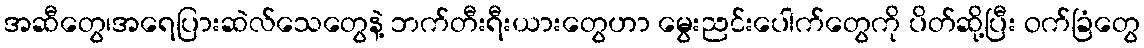
အဆီတွေ၊အရေပြားဆဲလ်သေတွေနဲ့ ဘက်တီးရီးယားတွေဟာ မွေးညင်းပေါက်တွေကို ပိတ်ဆို့ပြီး ဝက်ခြံတွေ